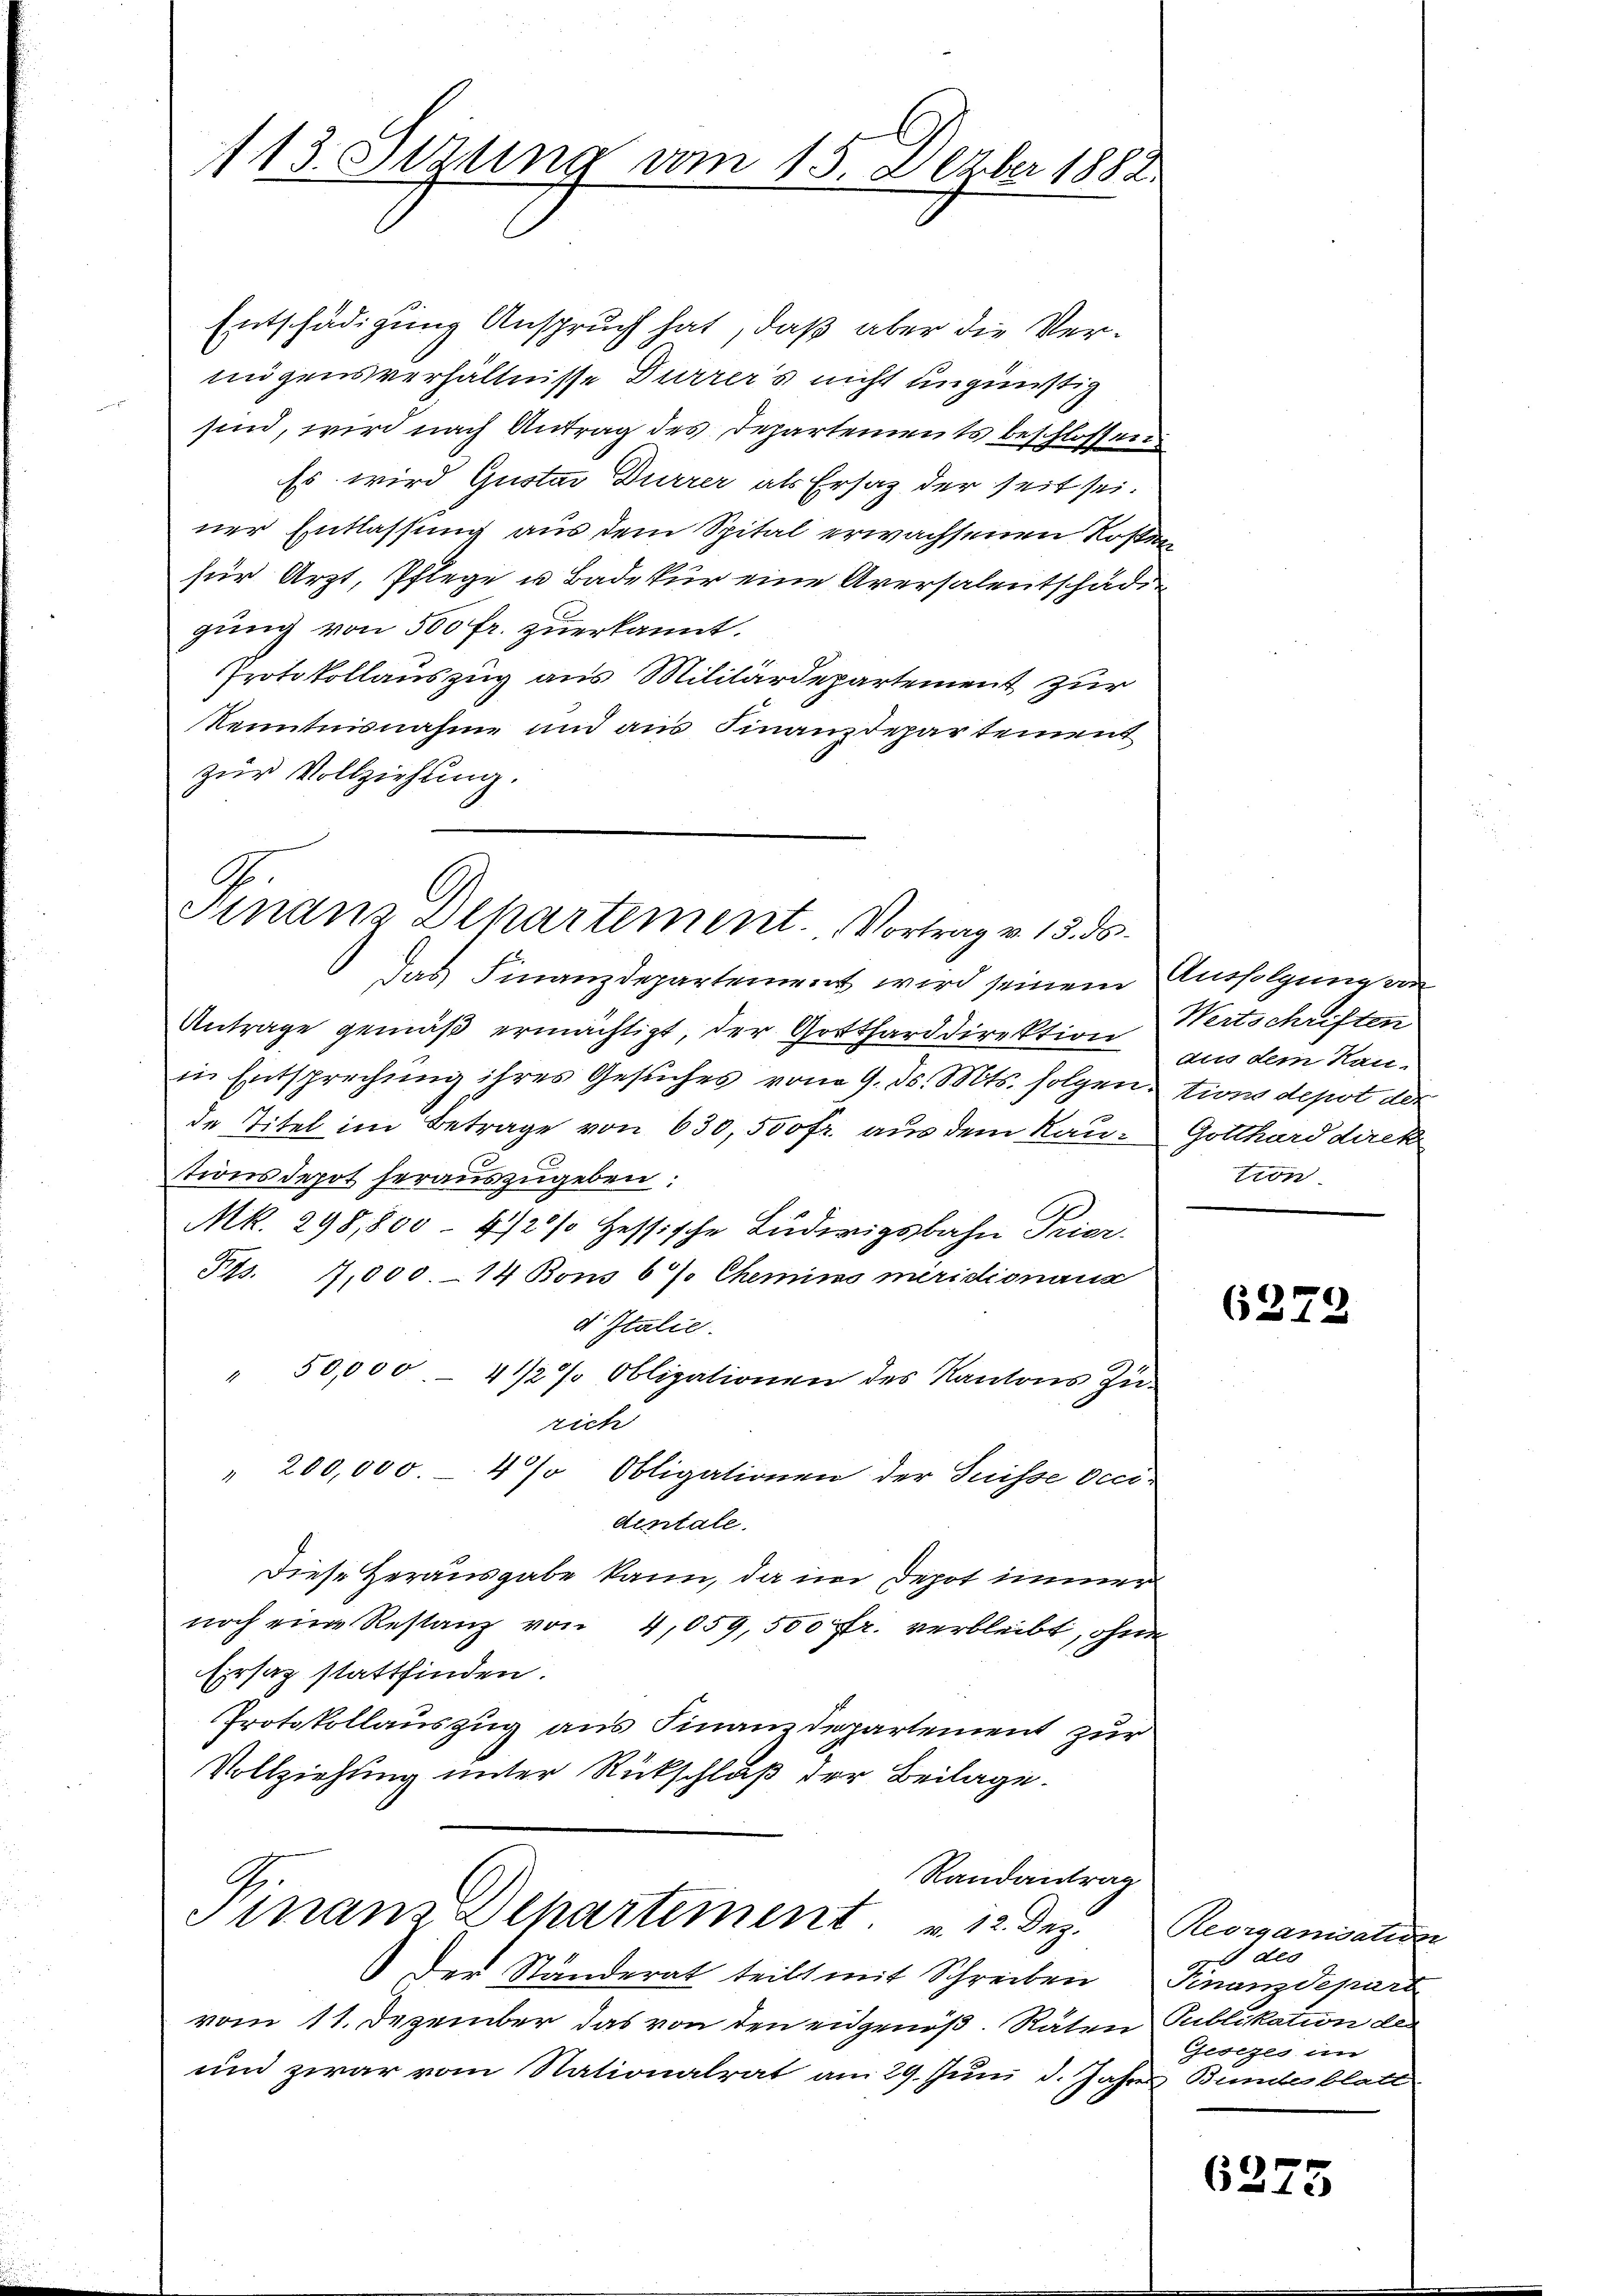
113. Setzung vom 15. Dezber 1882.

Entschädigung Anspruch hat, daß aber die Vermögensverhältnisse Durrer’s nicht ungünstig
sind, wird nach Antrag des Departements beschlossen
Es wird Gustav Dürrer als Ersatz der seit sei.
ner Entlassung aus dem Spital erwachsenen Rosen
für Arzt, Pflege u Badekur eine Aversalentschäde
gung von 500 fr. zuerkannt.
Protokollauszug aus Militärdepartement zur
Kenntnisnahme und aus Finanzdepartement
zur Vollziehung.
G
Finanz Dehartement. Vortrag v. 15. ds.

Das Finanzdepartement wird seinem Ausfolgung von
Antrage gemäβ ermächtigt, der Gottharddirektion um dem Kanin Entsprechung ihres Gesuches vom 9. ds. Mts. folgen.
de Titel im Betrage von 630,500 fr. aus dem Rautionsdepot heraŭszŭgeben:
Mk. 298,800 - 41/20/ Hessische Ludwigsbahn Trier.
Frs. 1,000.–14 Bons 67. Chemino miridionanz
d Italie
" 50,000.- 4 1/2% Obligationen des Kantons Zürich
" 200,000.- 4% Obligationen der Suisse vecidentale.
Diese Herausgabe kann, da in Depot immer
noch eine Restanz von 4,059,500 fr. verbleibt, ohne
Ersatz stattfinden.
Protokollauszug aus Finanzdepartement zur
Vollziehung unter Rückschluß der Beilage.
Randantrag
Finanz-Departement. u 12. Dez. Reorganisation
Der Ständerat teilt mit Schreiben Finanzdepart
vom 11. Dezember das von den eidgenöß. Räten Publikation de
und zwar vom Nationalrat am 29. Juni d. Jahres Bundesblatt

Wertschriften
tions depot der
Gotthard direk
tion

6272

des
Gesezes im

6275